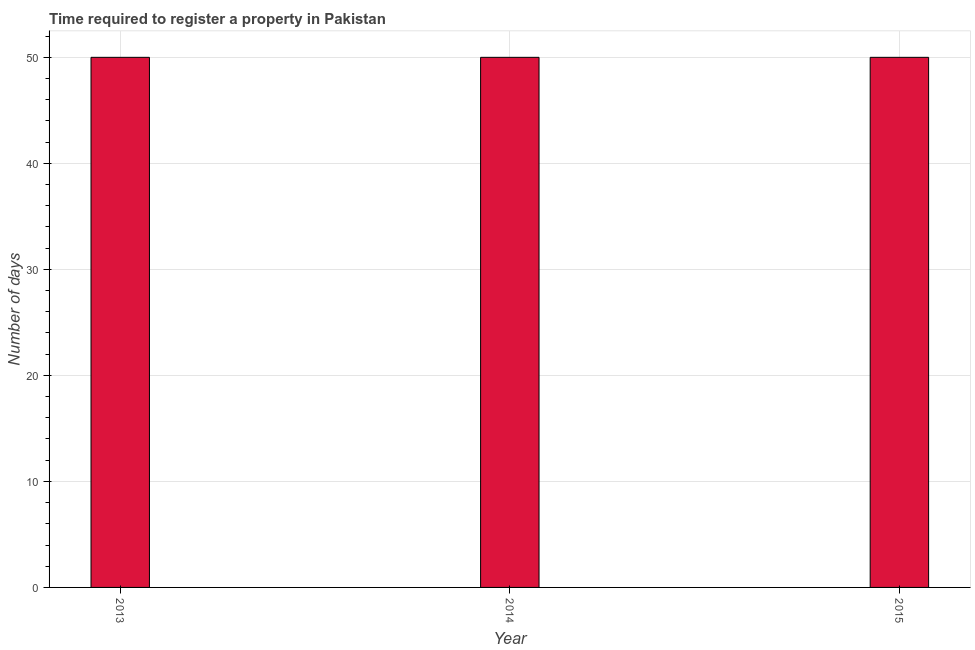
| Year | Register property |
 | --- | --- |
 | 2013 | 50 |
 | 2014 | 50 |
 | 2015 | 50 |